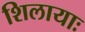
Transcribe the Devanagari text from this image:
शिलायाः